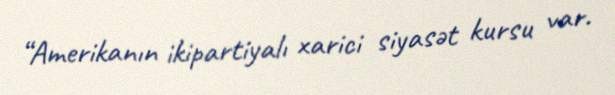
“Amerikanın ikipartiyalı xarici siyasət kursu var.